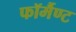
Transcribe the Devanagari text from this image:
फॉर्मैण्ट